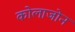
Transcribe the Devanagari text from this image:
कोलाजोन